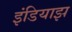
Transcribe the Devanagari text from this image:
इंडियाझ